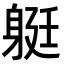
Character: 𨉈